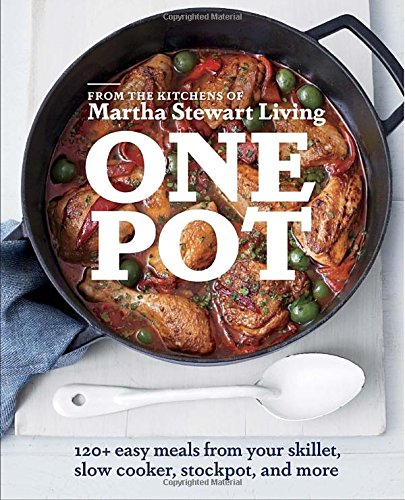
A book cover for One Pot: 120+ Easy Meals from Your Skillet, Slow Cooker, Stockpot, and More; Editors of Martha Stewart Living; Cookbooks, Food & Wine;